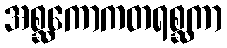
အစ္ဆကောကတရစ္ဆကာ